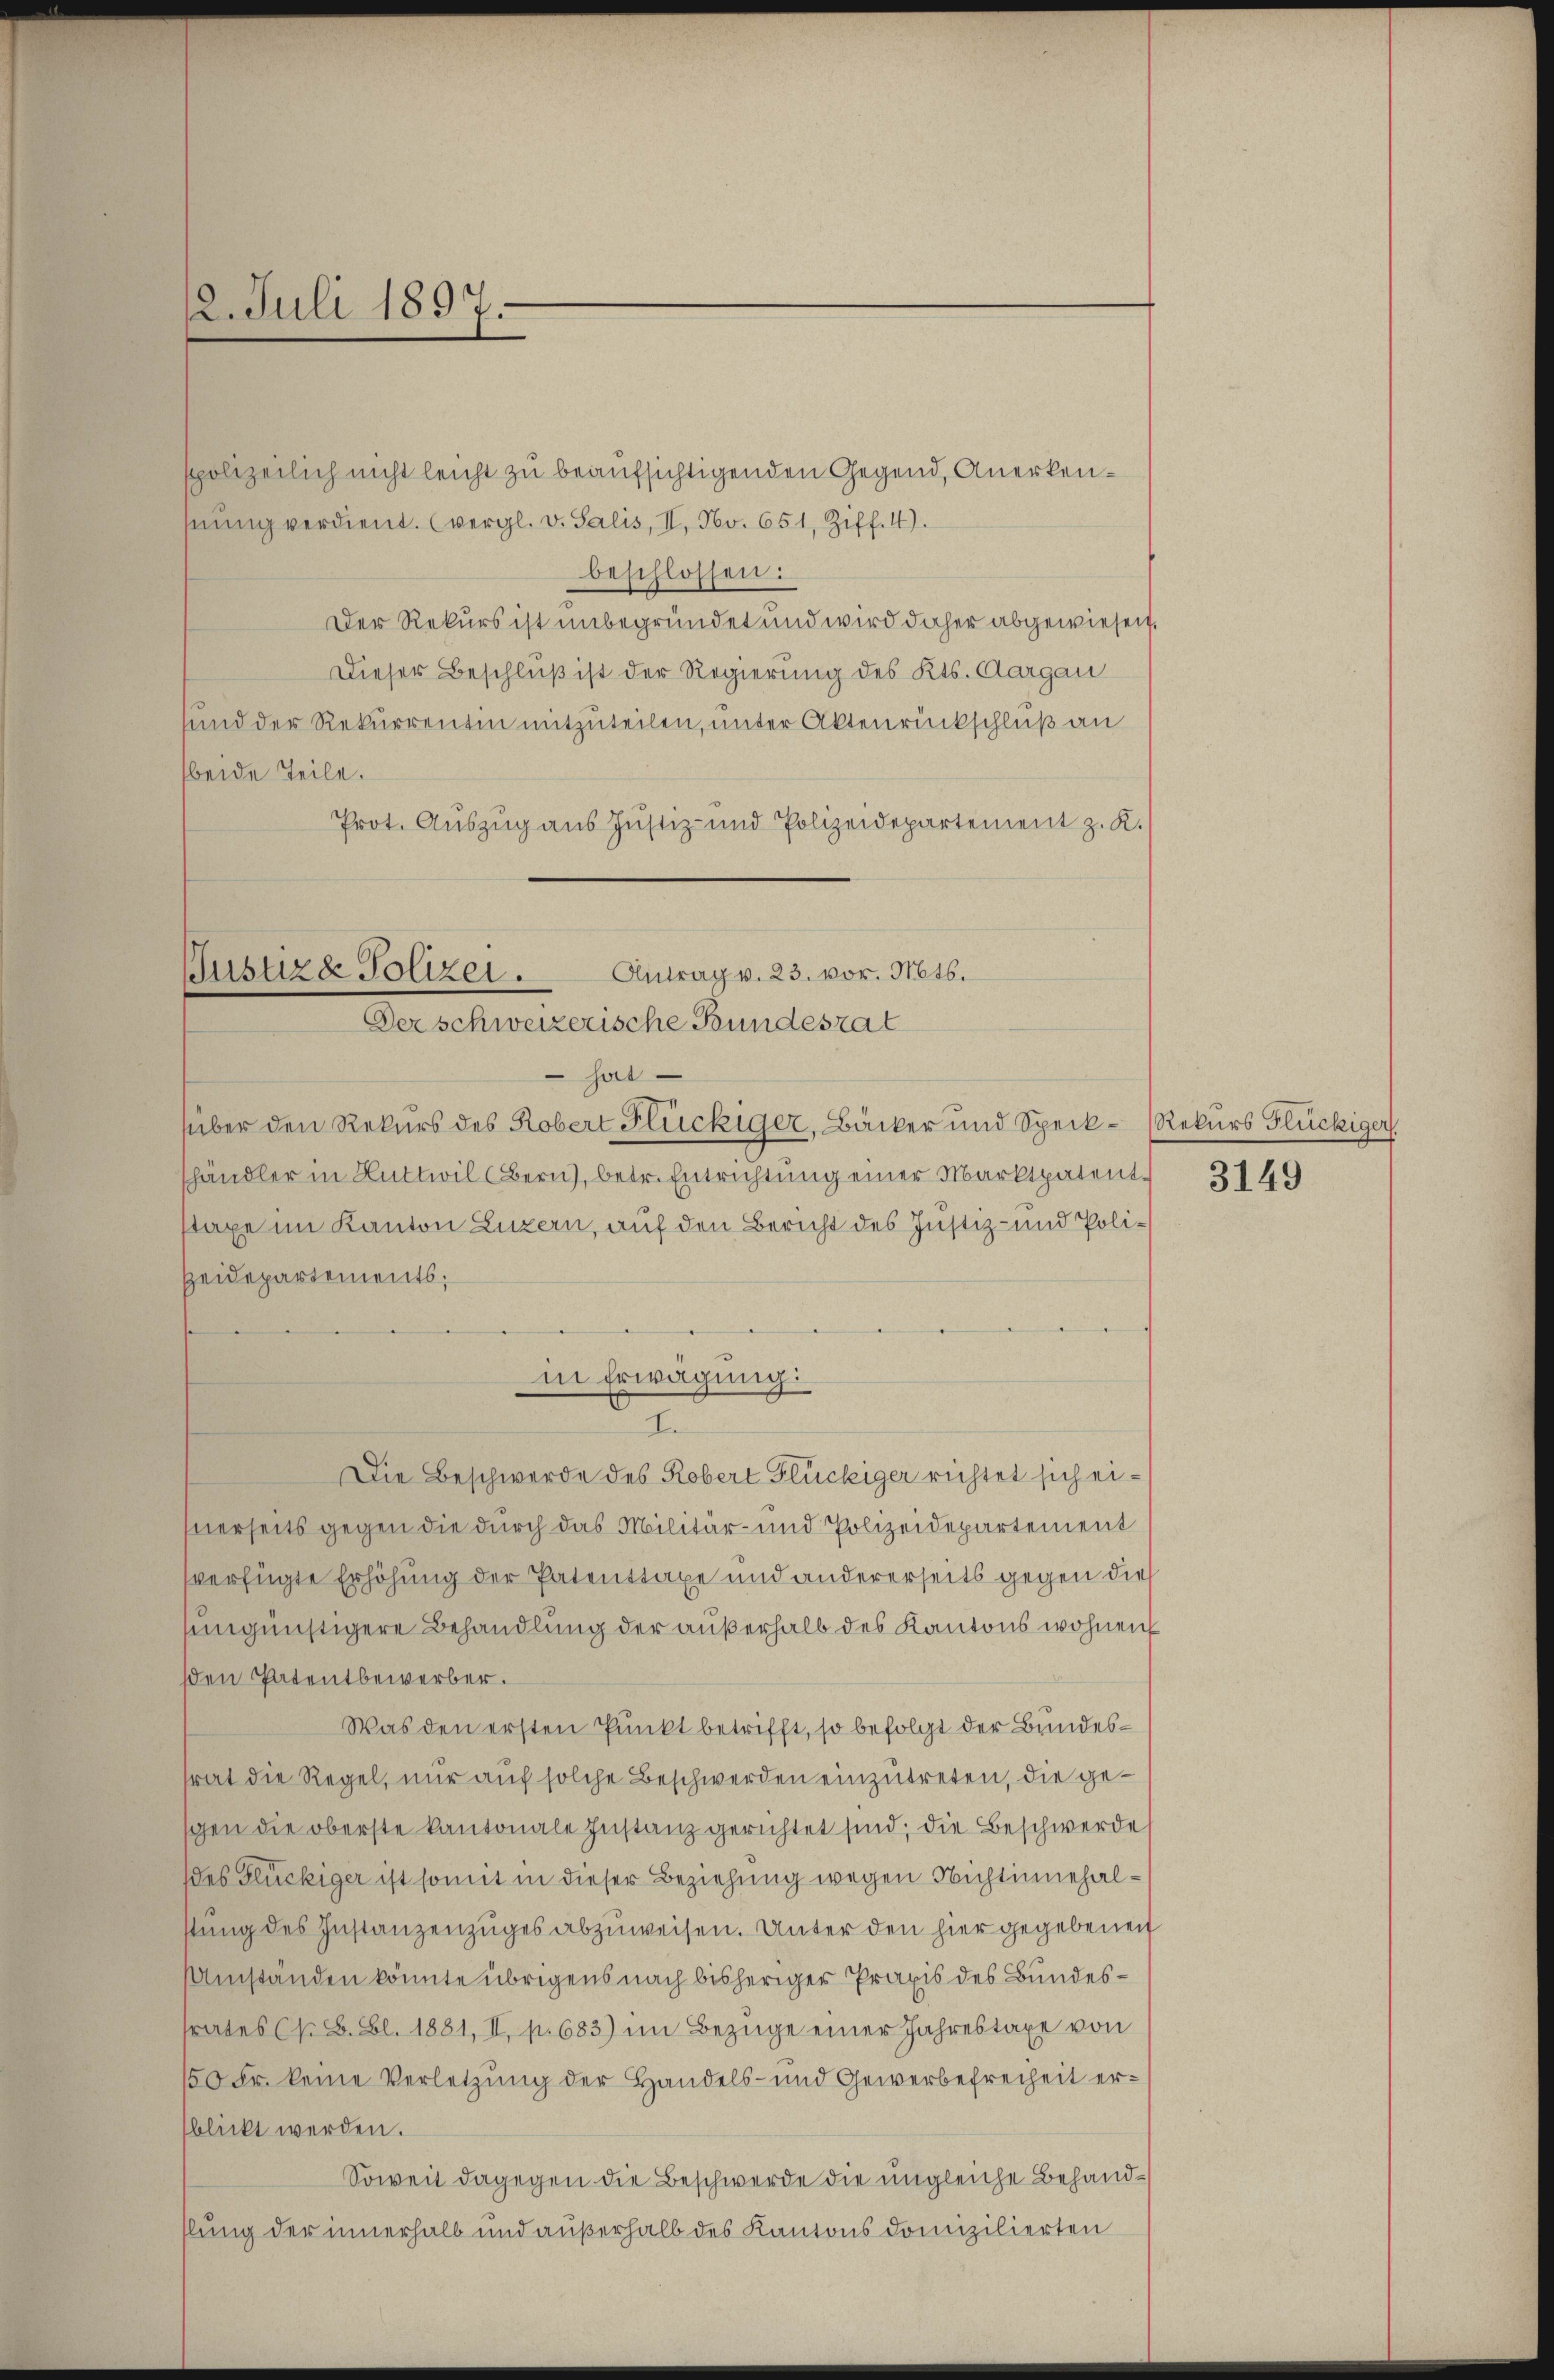
2. Juli 1897.

spolizeilich nicht leicht zu beaufsichtigenden Gegend, Anerkenhnŭng verdient. (vergl. v. Salis, II, No. 651, Ziff. 4).
beschlossen:
Der Rekurs ist unbegründet und wird daher abgewiesen.
Dieser Beschluß ist der Regierung des Kts. Aargau
und der Rekurrentin mitzuteilen, unter Aktenrückschluß an
beide Teile.
Prot. Auszug aus Justiz- und Polizeidepartement z. K.

Gustizde Polizei. Antrag v. 23. vor. Mts.
Der schweizerische Bundesrat
 hat

über den Rekurs des Robert Flückiger, Bäcker und Speck- (Rekurs Flückiger
shändler in Huttwil (Bern, betr. Entrichtung einer Markspatentstaxe im Kanton Luzern, auf den Bericht des Justiz- und Poli¬
Heidepartements:
Die Beschwerde des Robert Glückiger richtet sich einerseits gegen die durch das Militär- und Polizeidepartement
verfügte Erhöhung der Patenttaxe und andererseits gegen die
ungünstigere Behandlung der außerhalb des Kantons wohnen
den Patentbewerber.
Was den ersten Punkt betrifft, so befolgt der Bundessrat die Regel, nur auf solche Beschwerden einzutreten, die gegen die oberste kantonale Instanz gerichtet sind; die Beschwerde
des Glückiger ist somit in dieser Beziehung wegen Nichtinnehalstung des Instanzenzuges abzuweisen. Unter den hier gegebenen
Umständen könnte übrigens nach bisheriger Praxis des Bundestrates (s. B. Bl. 1881, II, p. 683) im Bezüge einer Jahrestaxe von
150 Fr. keine Verletzung der Handels- und Gewerbefreiheit ersblickt werden.
Soweit dagegen die Beschwerde die ungleiche Behandllung der innerhalb und außerhalb des Kantons domizilierten

in Erwägung:
e

3149